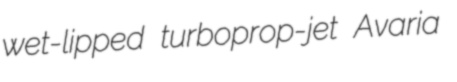
wet-lipped turboprop-jet Avaria